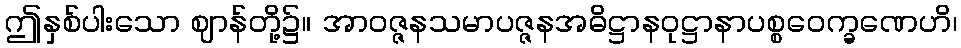
ဤနှစ်ပါးသော ဈာန်တို့၌။ အာဝဇ္ဇနသမာပဇ္ဇနအဓိဋ္ဌာနဝုဋ္ဌာနာပစ္စဝေက္ခဏေဟိ၊